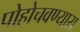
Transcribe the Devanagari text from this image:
पोहोचवण्यास